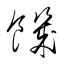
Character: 饑